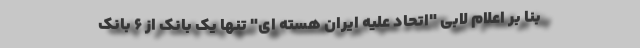
بنا بر اعلام لابی "اتحاد علیه ایران هسته ای" تنها یک بانک از 6 بانک